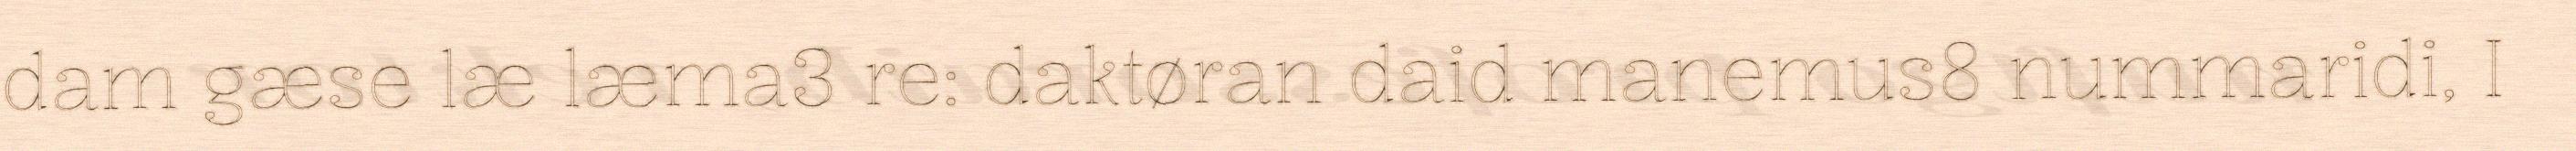
dam gæse læ læma3 re: daktøran daid manemus8 nummaridi, I